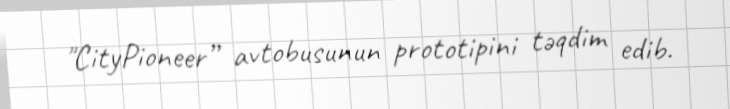
"CityPioneer” avtobusunun prototipini təqdim edib.